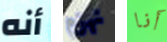
أنه نهزم أنا